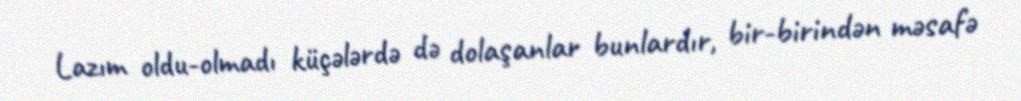
Lazım oldu-olmadı küçələrdə də dolaşanlar bunlardır, bir-birindən məsafə